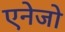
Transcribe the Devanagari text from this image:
एनेजो